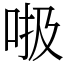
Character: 𠳖